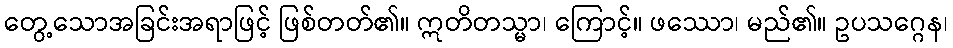
တွေ့သောအခြင်းအရာဖြင့် ဖြစ်တတ်၏။ ဣတိတသ္မာ၊ ကြောင့်။ ဖဿော၊ မည်၏။ ဥပသဂ္ဂေန၊